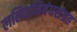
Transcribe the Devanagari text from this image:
ललितनिबंधसंग्रह